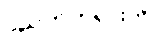
ပညတ်တရားကို